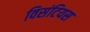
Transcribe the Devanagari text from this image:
विसंटियस